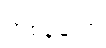
တစ်ခုသော